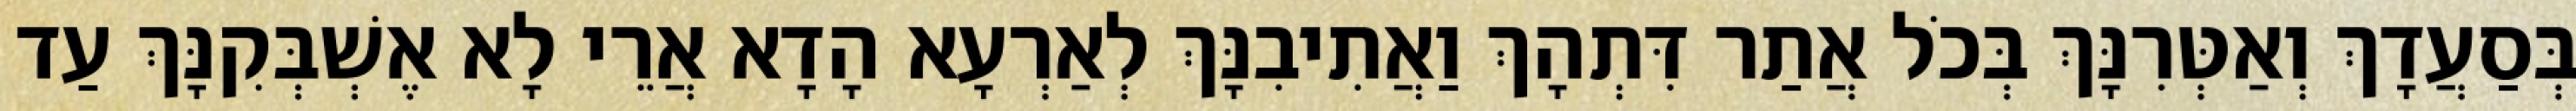
בְּסַעֲדָךְ וְאַטְּרִנָּךְ בְּכֹל אֲתַר דִּתְהָךְ וַאֲתִיבִנָּךְ לְאַרְעָא הָדָא אֲרֵי לָא אֶשְׁבְּקִנָּךְ עַד